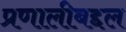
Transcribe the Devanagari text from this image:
प्रणालीबद्दल